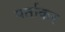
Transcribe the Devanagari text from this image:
पर्ताकर